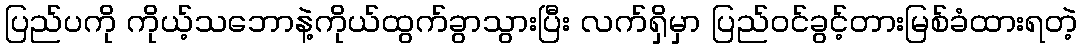
ပြည်ပကို ကိုယ့်သဘောနဲ့ကိုယ်ထွက်ခွာသွားပြီး လက်ရှိမှာ ပြည်ဝင်ခွင့်တားမြစ်ခံထားရတဲ့